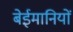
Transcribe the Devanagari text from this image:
बेईमानियों